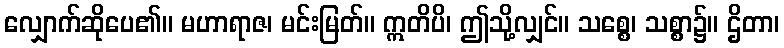
လျှောက်ဆိုပေ၏။ မဟာရာဇ၊ မင်းမြတ်။ ဣတိပိ၊ ဤသို့လျှင်။ သစ္စေ၊ သစ္စာ၌။ ဌိတာ၊